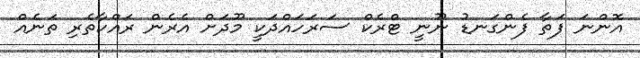
އޮންނަ ފަތާ ފެންގަނޑު ނޫނީ ޓްރެކް ސަރަހައްދަކީ މޫދަށް އެރެން ރައްކާތެރި ތަނެއް